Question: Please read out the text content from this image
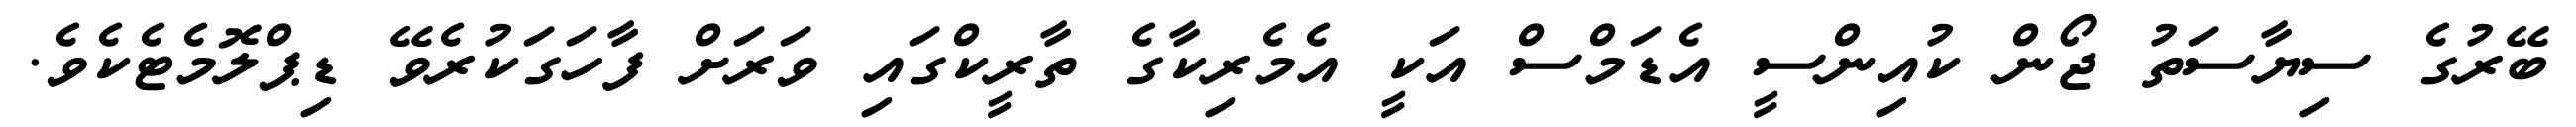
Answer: ބޭރުގެ ސިޔާސަތު ޖޯން ކުއިންސީ އެޑަމްސް އަކީ އެމެރިކާގެ ތާރީކްގައި ވަރަށް ފާހަގަކުރެވޭ ޑިޕްލޮމެޓެކެވެ.